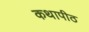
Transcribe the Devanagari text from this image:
कथापीठ